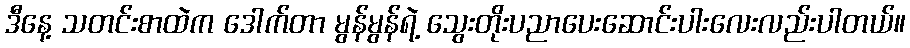
ဒီနေ့ သတင်းစာထဲက ဒေါက်တာ မွန်မွန်ရဲ့ သွေးတိုးပညာပေးဆောင်းပါးလေးလည်းပါတယ်။